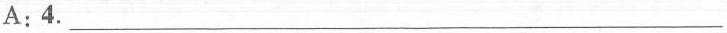
A:4.\underline